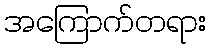
အကြောက်တရား